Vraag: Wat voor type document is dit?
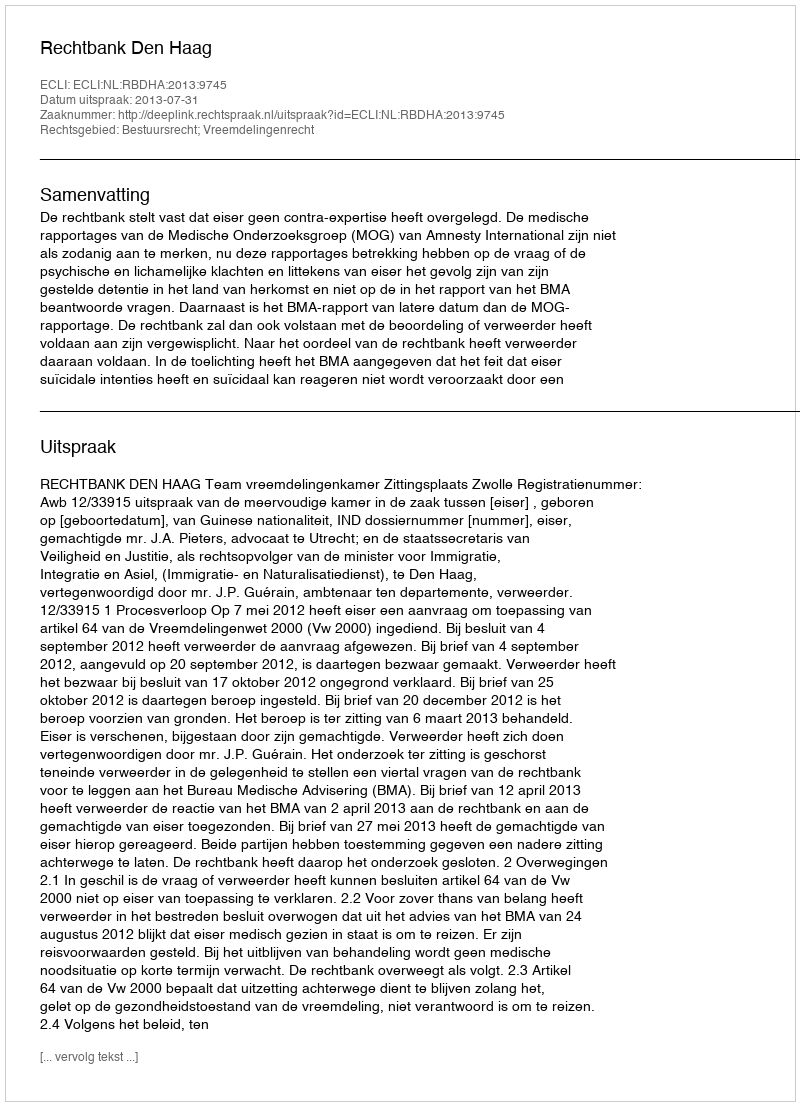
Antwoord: Uitspraak